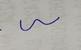
Signature authenticity: forged